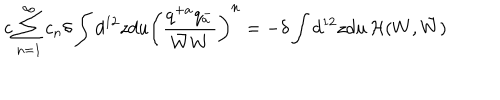
c \sum _ { n = 1 } ^ { \infty } c _ { n } \delta \int d ^ { 1 2 } z d u \left( \frac { q ^ { + a } q _ { a } ^ { - } } { \bar { W } W } \right) ^ { n } = - \delta \int d ^ { 1 2 } z d u \, { \cal H } ( W , \bar { W } )